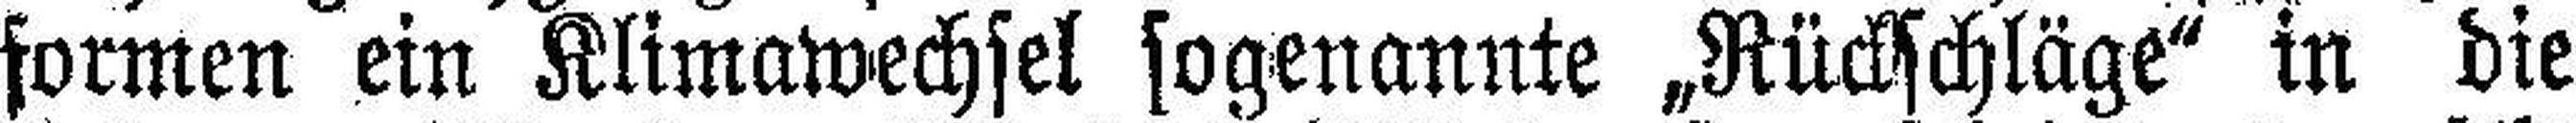
formen ein Klimawechsel sogenannte „Rückschläge“ in die